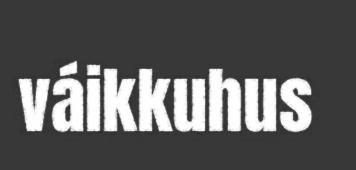
váikkuhus